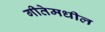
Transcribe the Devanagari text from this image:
गीतेमधील